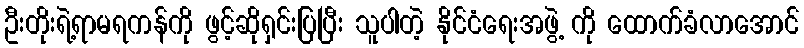
ဦးတိုးရဲ့ရာမရကန်ကို ဖွင့်ဆိုရှင်းပြပြီး သူပါတဲ့ နိုင်ငံရေးအဖွဲ့ ကို ထောက်ခံလာအောင်